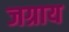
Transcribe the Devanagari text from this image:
जग्राय